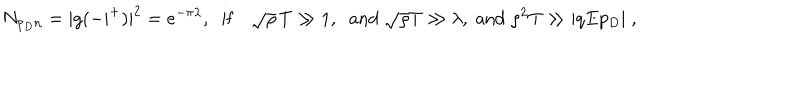
N _ { p _ { D } n } = | g ( - | ^ { + } ) | ^ { 2 } = e ^ { - \pi \lambda } , \; \; \mathrm { i f } \quad \sqrt { \rho } \, T \gg 1 , \; \; \mathrm { a n d } \; \sqrt { \rho } T \gg \lambda , \; \mathrm { a n d } \; \rho ^ { 2 } T \gg | q E p _ { D } | \; ,